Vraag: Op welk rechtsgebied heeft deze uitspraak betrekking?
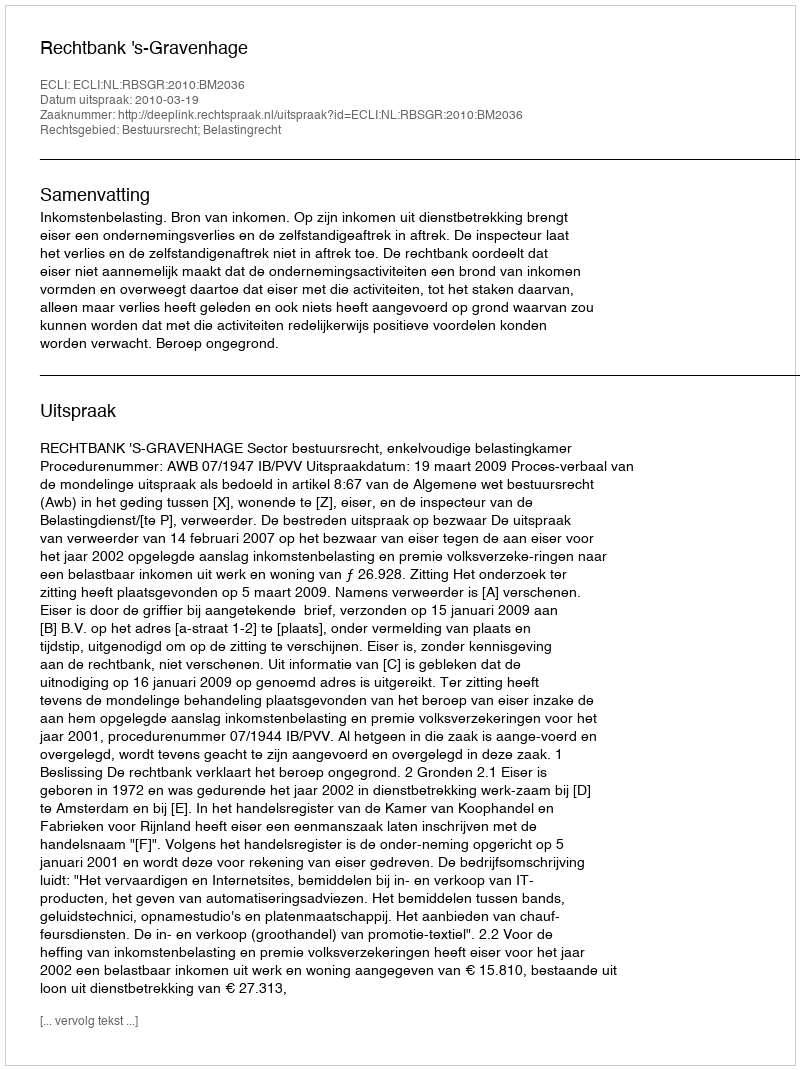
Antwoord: Bestuursrecht; Belastingrecht